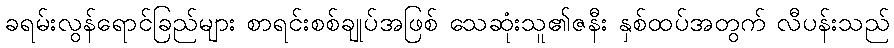
ခရမ်းလွန်ရောင်ခြည်များ စာရင်းစစ်ချုပ်အဖြစ် သေဆုံးသူ၏ဇနီး နှစ်ထပ်အတွက် လီပန်းသည်